Report of the King Institute of Preventive Medicine, Guindy
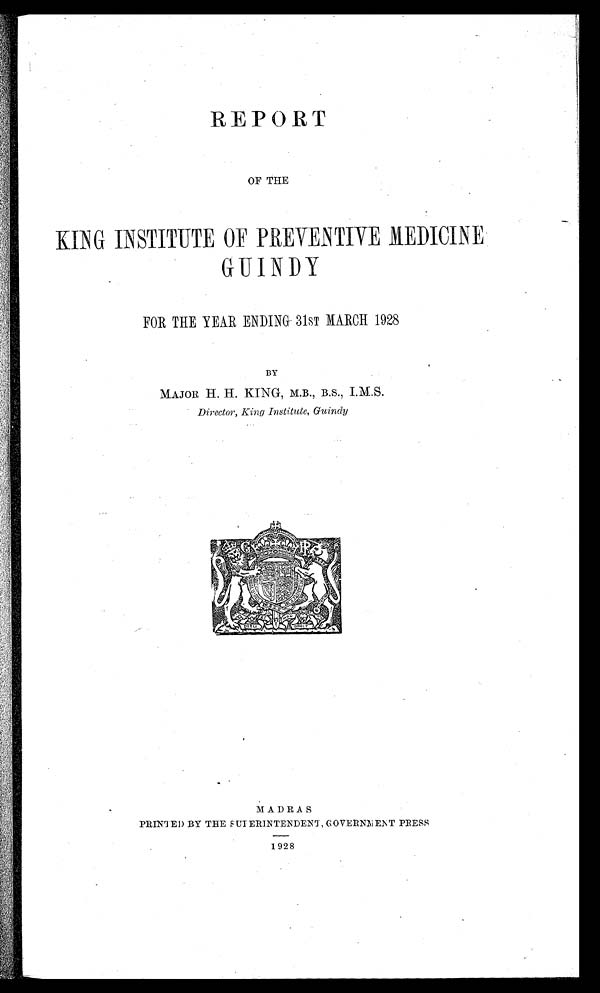
REPORT
OF THE
KING INSTITUTE OF PREVENTIVE MEDICINE
GUINDY
FOR THE YEAR ENDING 31ST MARCH 1928
BY
MAJOR H. H. KING, M.B., B.S., I.M. S.
Director, King Institute, Guindy
MADRAS
PRINTED BY THE SUPERINTENDENT, GOVERNMENT PRESS
1928